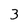
Character: 3